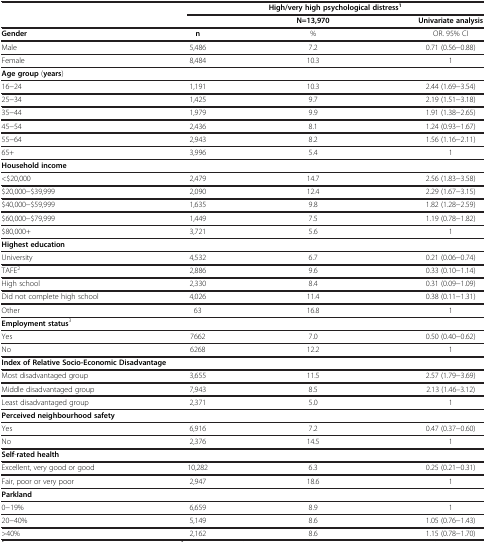
<table><thead><tr><td><b> </b></td><td colspan="3"><b>High/very high psychological distress<sup>1</sup></b></td></tr><tr><td><b> </b></td><td><b> </b></td><td><b>N=13,970</b></td><td><b>Univariate analysis</b></td></tr></thead><tbody><tr><td><b>Gender</b></td><td><b>n</b></td><td>%</td><td>OR. 95% CI</td></tr><tr><td>Male</td><td>5,486</td><td>7.2</td><td>0.71 (0.56−0.88)</td></tr><tr><td>Female</td><td>8,484</td><td>10.3</td><td>1</td></tr><tr><td colspan="3"><b>Age group</b> (<b>years</b>)</td><td> </td></tr><tr><td>16−24</td><td>1,191</td><td>10.3</td><td>2.44 (1.69−3.54)</td></tr><tr><td>25−34</td><td>1,425</td><td>9.7</td><td>2.19 (1.51−3.18)</td></tr><tr><td>35−44</td><td>1,979</td><td>9.9</td><td>1.91 (1.38−2.65)</td></tr><tr><td>45−54</td><td>2,436</td><td>8.1</td><td>1.24 (0.93−1.67)</td></tr><tr><td>55−64</td><td>2,943</td><td>8.2</td><td>1.56 (1.16−2.11)</td></tr><tr><td>65+</td><td>3,996</td><td>5.4</td><td>1</td></tr><tr><td colspan="3"><b>Household income</b></td><td> </td></tr><tr><td>&lt;$20,000</td><td>2,479</td><td>14.7</td><td>2.56 (1.83−3.58)</td></tr><tr><td>$20,000−$39,999</td><td>2,090</td><td>12.4</td><td>2.29 (1.67−3.15)</td></tr><tr><td>$40,000−$59,999</td><td>1,635</td><td>9.8</td><td>1.82 (1.28−2.59)</td></tr><tr><td>$60,000−$79,999</td><td>1,449</td><td>7.5</td><td>1.19 (0.78−1.82)</td></tr><tr><td>$80,000+</td><td>3,721</td><td>5.6</td><td>1</td></tr><tr><td colspan="3"><b>Highest education</b></td><td> </td></tr><tr><td>University</td><td>4,532</td><td>6.7</td><td>0.21 (0.06−0.74)</td></tr><tr><td>TAFE<sup>2</sup></td><td>2,886</td><td>9.6</td><td>0.33 (0.10−1.14)</td></tr><tr><td>High school</td><td>2,330</td><td>8.4</td><td>0.31 (0.09−1.09)</td></tr><tr><td>Did not complete high school</td><td>4,026</td><td>11.4</td><td>0.38 (0.11−1.31)</td></tr><tr><td>Other</td><td>63</td><td>16.8</td><td>1</td></tr><tr><td><b>Employment status</b><sup>3</sup></td><td> </td><td> </td><td> </td></tr><tr><td>Yes</td><td>7662</td><td>7.0</td><td>0.50 (0.40−0.62)</td></tr><tr><td>No</td><td>6268</td><td>12.2</td><td>1</td></tr><tr><td colspan="3"><b>Index of Relative Socio-Economic Disadvantage</b></td><td> </td></tr><tr><td>Most disadvantaged group</td><td>3,655</td><td>11.5</td><td>2.57 (1.79−3.69)</td></tr><tr><td>Middle disadvantaged group</td><td>7,943</td><td>8.5</td><td>2.13 (1.46–3.12)</td></tr><tr><td>Least disadvantaged group</td><td>2,371</td><td>5.0</td><td>1</td></tr><tr><td colspan="3"><b>Perceived neighbourhood safety</b></td><td> </td></tr><tr><td>Yes</td><td>6,916</td><td>7.2</td><td>0.47 (0.37−0.60)</td></tr><tr><td>No</td><td>2,376</td><td>14.5</td><td>1</td></tr><tr><td><b>Self</b>-<b>rated health</b></td><td> </td><td> </td><td> </td></tr><tr><td>Excellent, very good or good</td><td>10,282</td><td>6.3</td><td>0.25 (0.21−0.31)</td></tr><tr><td>Fair, poor or very poor</td><td>2,947</td><td>18.6</td><td>1</td></tr><tr><td colspan="3"><b>Parkland</b></td><td> </td></tr><tr><td>0−19%</td><td>6,659</td><td>8.9</td><td>1</td></tr><tr><td>20−40%</td><td>5,149</td><td>8.6</td><td>1.05 (0.76−1.43)</td></tr><tr><td>&gt;40%</td><td>2,162</td><td>8.6</td><td>1.15 (0.78−1.70)</td></tr></tbody></table>